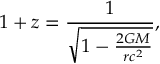
1 + z = { \frac { 1 } { \sqrt { 1 - { \frac { 2 G M } { r c ^ { 2 } } } } } } ,